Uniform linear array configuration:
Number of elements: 12
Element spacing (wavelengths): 0.75
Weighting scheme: binomial
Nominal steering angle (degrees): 60
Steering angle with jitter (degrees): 60.322
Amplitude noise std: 0.05
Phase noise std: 0.05

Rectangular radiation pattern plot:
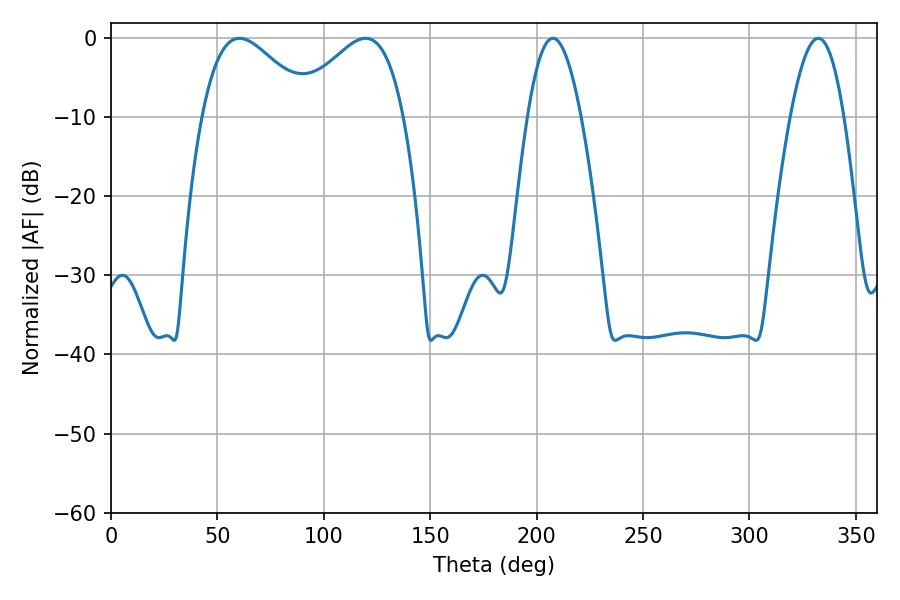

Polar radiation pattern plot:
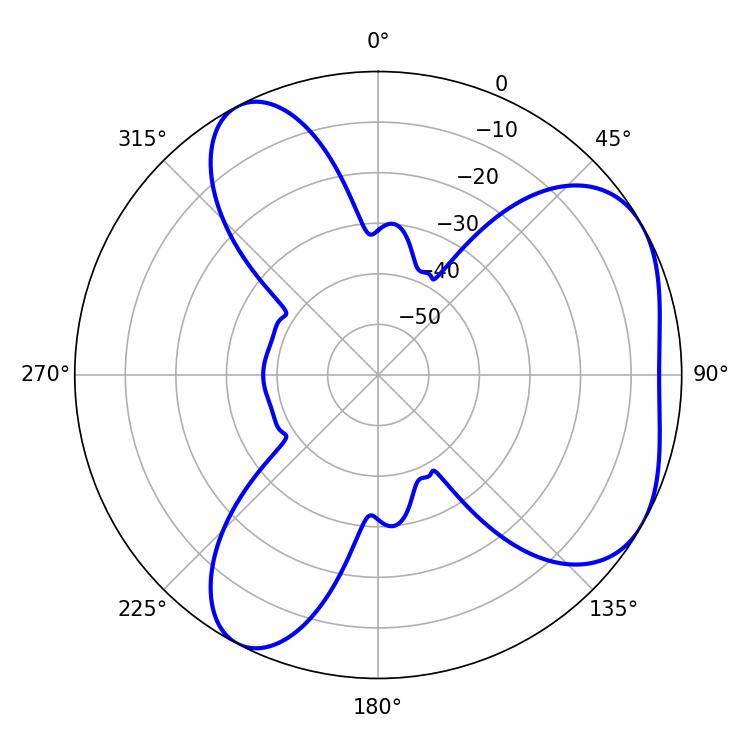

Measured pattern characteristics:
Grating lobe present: TRUE
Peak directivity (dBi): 4.762
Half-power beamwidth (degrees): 27.72
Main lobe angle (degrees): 60.3